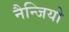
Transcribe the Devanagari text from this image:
नैन्जियो